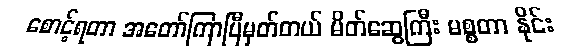
စောင့်ရတာ အတော်ကြာပြီမှတ်တယ် မိတ်ဆွေကြီး မစ္စတာ နိုင်း